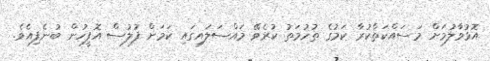
އޮޅުވާލުމަށް މަސައްކަތްކުރާ ކަމުގެ ތުހުމަތު ކުރެވޭ މައްސަލައިގައި ކަމަށް ފުލުސް އޮފީހުން ބުނެފިއެވެ.